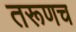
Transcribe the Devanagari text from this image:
तरूणच